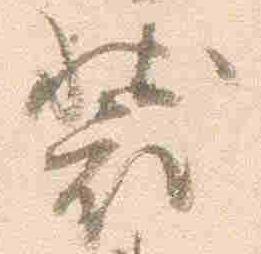
装